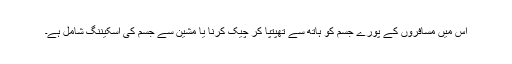
اس میں مسافروں کے پورے جسم کو ہاتھ سے تھپتپا کر چیک کرنا یا مشین سے جسم کی اسکیننگ شامل ہے۔